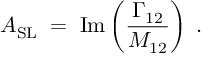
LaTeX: { \cal A } _ { \mathrm { S L } } \; = \; \mathrm { I m } \left( \frac { \Gamma _ { 1 2 } } { M _ { 1 2 } } \right) \; .